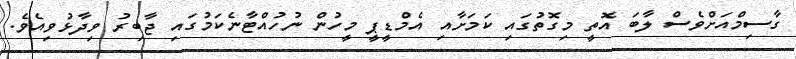
ގާސިމްއަށްވެސް ލާބަ އޮތީ މިގޮތުގައި ކަމަށާއި އެމްޑީޕީ މީހުން ނުހުއްޓާނެކަމުގައި ޖާބިރު ވިދާޅުވިއެވެ.